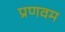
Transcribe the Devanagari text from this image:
प्रणवम